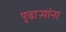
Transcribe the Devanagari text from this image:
पुढाऱ्यांना